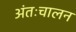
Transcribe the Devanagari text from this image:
अंतःचालन